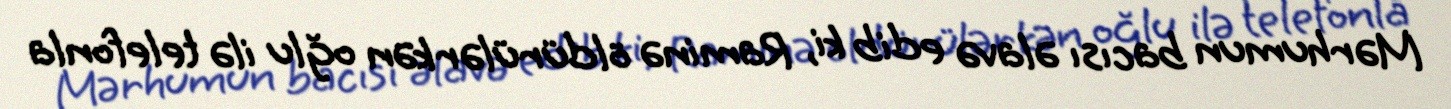
Mərhumun bacısı əlavə edib ki, Raminə öldürülərkən oğlu ilə telefonla